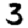
Digit: 3